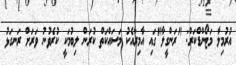
އުރުމިލާ މަޓޯންޑްކަރް: "ރަންގީލާ"ގައި އާމިރާއެކު މަސައްކަތް ކުރަން ލިބުމަކީ ކުރެވުނު ވަރަށް ރަނގަޅު